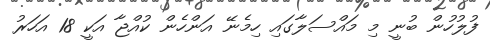
ފުލުހުން ބުނީ މި މައްސަލާގައި ހިމެނޭ އަންހެން ކުއްޖާ އަކީ 18 އަހަރު